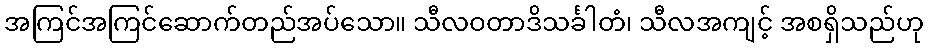
အကြင်အကြင်ဆောက်တည်အပ်သော။ သီလဝတာဒိသင်္ခါတံ၊ သီလအကျင့် အစရှိသည်ဟု